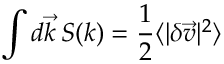
\int d \vec { k } \, S ( k ) = \frac { 1 } { 2 } \langle | \delta \vec { v } | ^ { 2 } \rangle